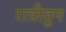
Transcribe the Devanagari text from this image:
रात्रीतुन